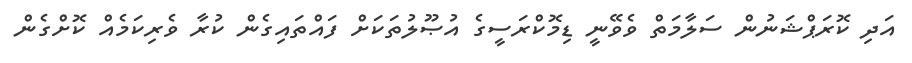
އަދި ކޮރަޕްޝަނުން ސަލާމަތް ވެވޭނީ ޑިމޮކްރަސީގެ އުޞޫލުތަކަށް ފައްތައިގެން ކުރާ ވެރިކަމެއް ކޮށްގެން